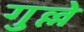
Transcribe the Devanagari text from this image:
गुल्ले